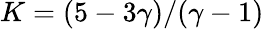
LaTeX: K=(5-3\gamma)/(\gamma-1)